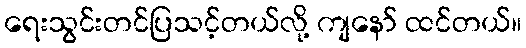
ရေးသွင်းတင်ပြသင့်တယ်လို့ ကျနော် ထင်တယ်။